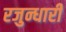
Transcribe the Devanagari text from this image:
रजुन्धारी